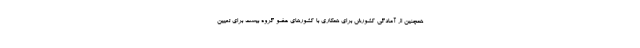
همچنین از آمادگی کشورش برای همکاری با کشورهای عضو گروه بیست برای تعیین